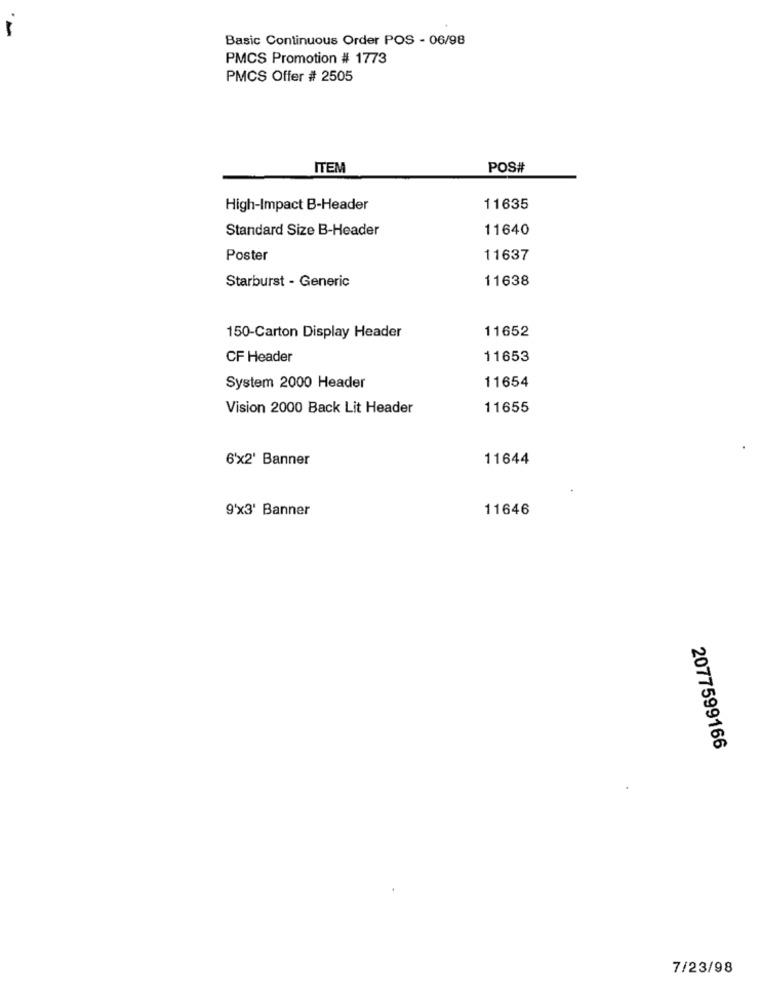
Basic Continuous Order POS - 06/98
PMCS Promotion # 1773
PMCS Offer # 2505
ITEM
POS#
High-Impact B-Header
11635
Standard Size B-Header
11640
Poster
11637
Starburst - Generic
11638
11652
150-Carton Display Header
CF Header
11653
System 2000 Header
11654
Vision 2000 Back Lit Header
11655
6'x2' Banner
11644
9'x3' Banner
11646
2077599166
7/23/98